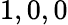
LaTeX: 1,0,0